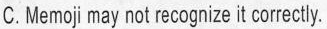
C.Memoj may not recognizeitcorectly